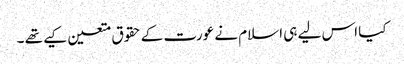
کیا اس لیے ہی اسلام نے عورت کے حقوق متعین کیے تھے ۔